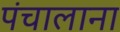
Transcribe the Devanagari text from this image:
पंचालाना